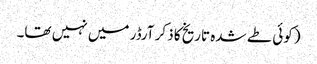
(کوئی طے شدہ تاریخ کا ذکر آرڈر میں نہیں تھا۔